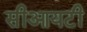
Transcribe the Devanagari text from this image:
सीआयटी